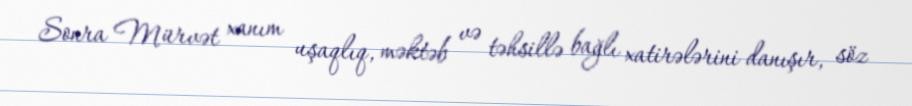
Sonra Mürvət xanım uşaqlıq, məktəb və təhsillə bağlı xatirələrini danışır, söz